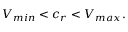
\begin{array} { r } { V _ { m i n } < c _ { r } < V _ { m a x } . } \end{array}